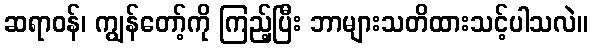
ဆရာဝန်၊ ကျွန်တော့်ကို ကြည့်ပြီး ဘာများသတိထားသင့်ပါသလဲ။